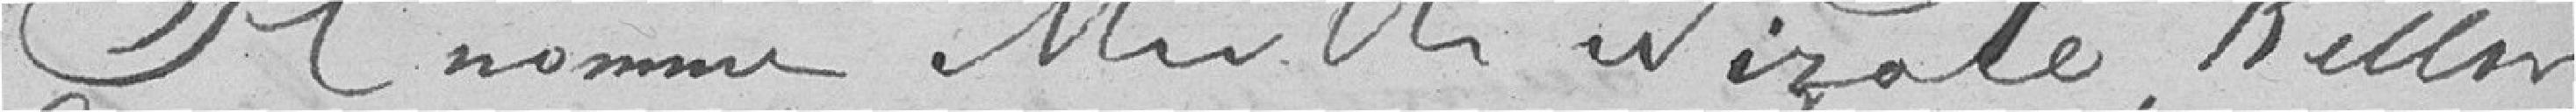
Nomme M. M. Wizale, Keller